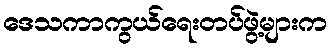
ဒေသကာကွယ်ရေးတပ်ဖွဲ့များက